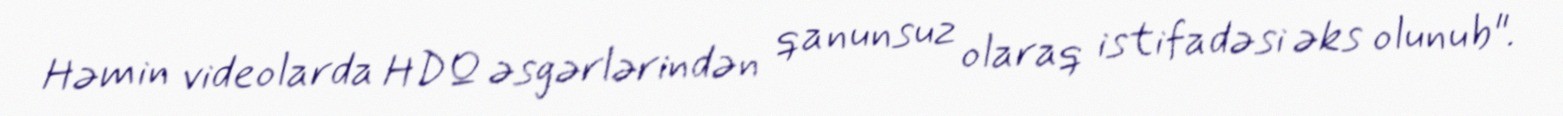
Həmin videolarda HDQ əsgərlərindən qanunsuz olaraq istifadəsi əks olunub".